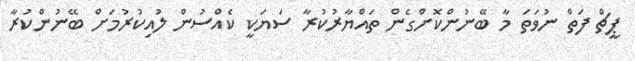
ޕީޗް ފަތް ނުވަތަ މާ ބޭނުންކޮށްގެން ތައްޔާރުކުރާ ސަޔަކީ ކެއްސުން ލުއިކުރުމަށް ބޭނުންކުރާ